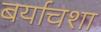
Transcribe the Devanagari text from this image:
बर्याचशा